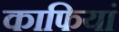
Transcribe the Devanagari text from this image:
काफियां